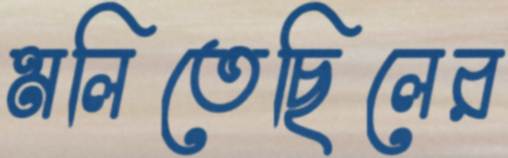
মলিতেছিলের